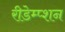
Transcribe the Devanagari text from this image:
रीडेम्प्शन